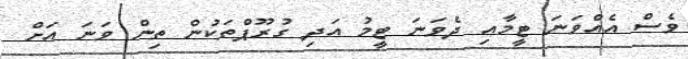
ވެސް އެއްވަނަ ޓީމާއި ދެވަނަ ޓީމު އަދި ގުރޫޕްތަކުން ތިން ވަނަ އަށް